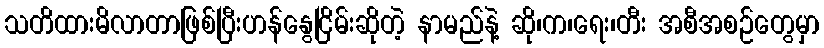
သတိထားမိလာတာဖြစ်ပြီးဟန်နွေငြိမ်းဆိုတဲ့ နာမည်နဲ့ ဆို၊က၊ရေး၊တီး အစီအစဉ်တွေမှာ